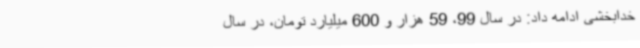
خدابخشی ادامه داد: در سال 99، 59 هزار و 600 میلیارد تومان، در سال